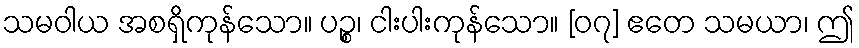
သမဝါယ အစရှိကုန်သော။ ပဉ္စ၊ ငါးပါးကုန်သော။ [၀၇] ဧတေ သမယာ၊ ဤ